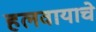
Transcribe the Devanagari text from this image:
हलवायाचे